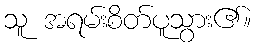
သူ အရမ်းစိတ်ပူသွား၏။